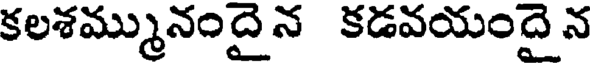
కలశమ్మునందై న కడవయందై న